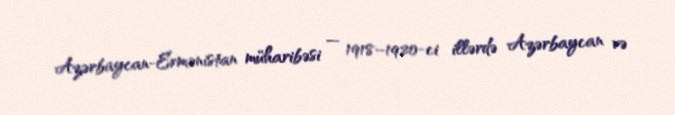
Azərbaycan-Ermənistan müharibəsi — 1918–1920-ci illərdə Azərbaycan və